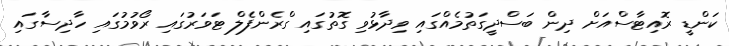
ކަންޑީ ރޮއިޓާސްއަށް ދިން ބަސްދީގަތުމެއްގައި ވިދާޅުވި ގޮތުގައި ގްރެންފެލް ޓަވަރުގައި ރޯވުމުގައި ހާދިސާގައި